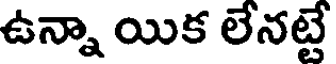
ఉన్నా యిక లేనట్టే